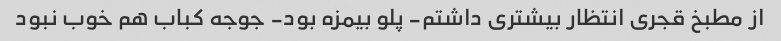
از مطبخ قجری انتظار بیشتری داشتم- پلو بیمزه بود- جوجه کباب هم خوب نبود